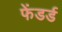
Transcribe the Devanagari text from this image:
फेंडर्ड